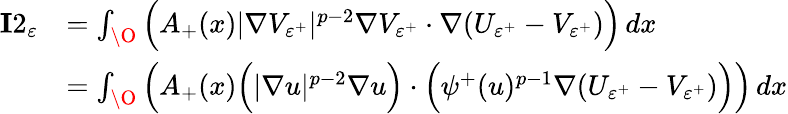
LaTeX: \begin{array}{rl}{\mathbf{I}2_{\varepsilon}}&{=\int_{\O}\Big(A_{+}(x)|\nabla V_{{\varepsilon}^{+}}|^{p-2}\nabla V_{{\varepsilon}^{+}}\cdot\nabla(U_{{\varepsilon}^{+}}-V_{{\varepsilon}^{+}})\Big)\, dx}\\ &{=\int_{\O}\Big(A_{+}(x)\Big(|\nabla u|^{p-2}\nabla u\Big)\cdot\Big(\psi^{+}(u)^{p-1}\nabla(U_{{\varepsilon}^{+}}-V_{{\varepsilon}^{+}})\Big)\Big)\, dx}\end{array}